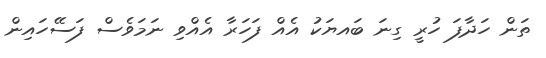
ތަން ހަދާފަ ހުރީ ގިނަ ބައޔަކު އެއް ފަހަރާ އެއްވި ނަމަވެސް ފަސޭހައިން